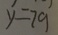
y = 7 9